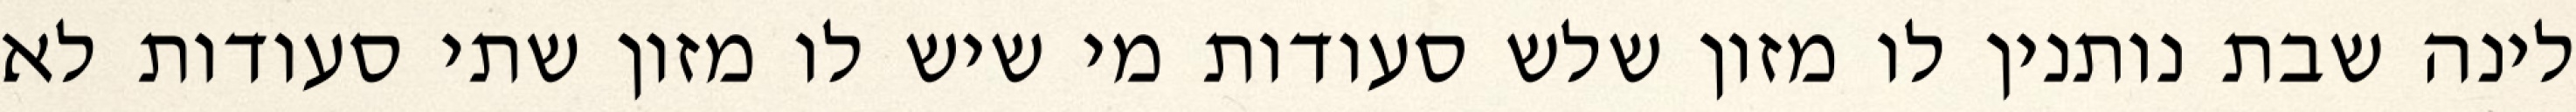
לינה שבת נותנין לו מזון שלש סעודות מי שיש לו מזון שתי סעודות לא